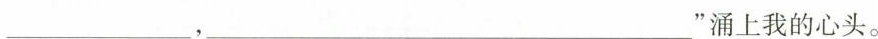
___，___”涌上我的心头。